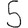
Digit: 5